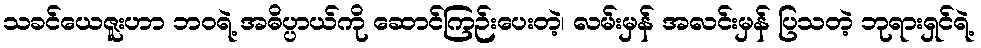
သခင်ယေဇူးဟာ ဘဝရဲ့ အဓိပ္ပာယ်ကို ဆောင်ကြဉ်းပေးတဲ့၊ လမ်းမှန် အလင်းမှန် ပြသတဲ့ ဘုရားရှင်ရဲ့